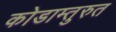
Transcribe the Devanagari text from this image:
कोडाम्तुरुत